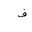
Letter: _fa